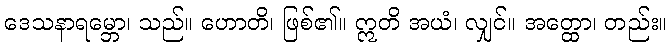
ဒေသနာရမ္ဘော၊ သည်။ ဟောတိ၊ ဖြစ်၏။ ဣတိ အယံ၊ လျှင်။ အတ္ထော၊ တည်း။